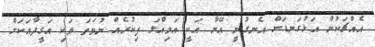
އެއްޗަކުން އަޅުގަނޑަށް އެނގުނީ އޭނާ އަކީ އަމިއްލަ ފިކުރެއް ނުވަތަ ވަކި އަގީދާއަކަށް